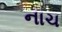
નાચ